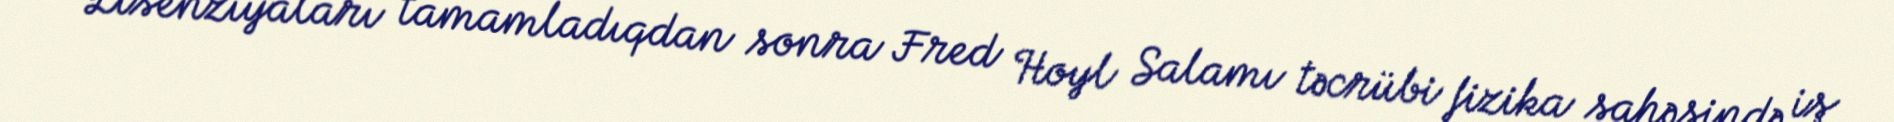
Lisenziyaları tamamladıqdan sonra Fred Hoyl Salamı təcrübi fizika sahəsində iş